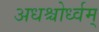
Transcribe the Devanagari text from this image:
अधश्चोर्ध्वम्